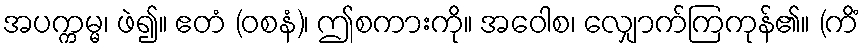
အပက္ကမ္မ၊ ဖဲ၍။ ဧတံ (ဝစနံ)၊ ဤစကားကို။ အဝေါစ၊ လျှောက်ကြကုန်၏။ (ကိံ